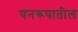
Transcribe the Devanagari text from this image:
घनरूपातील